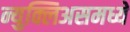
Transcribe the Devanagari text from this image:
न्युक्लिअसमध्ये